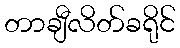
တာချီလိတ်ခရိုင်